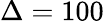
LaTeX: \Delta=100